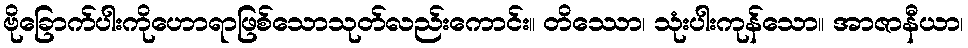
ဗိုခြောက်ပါးကိုဟောရာဖြစ်သောသုတ်လည်းကောင်း။ တိဿော၊ သုံးပါးကုန်သော။ အာဇာနီယာ၊